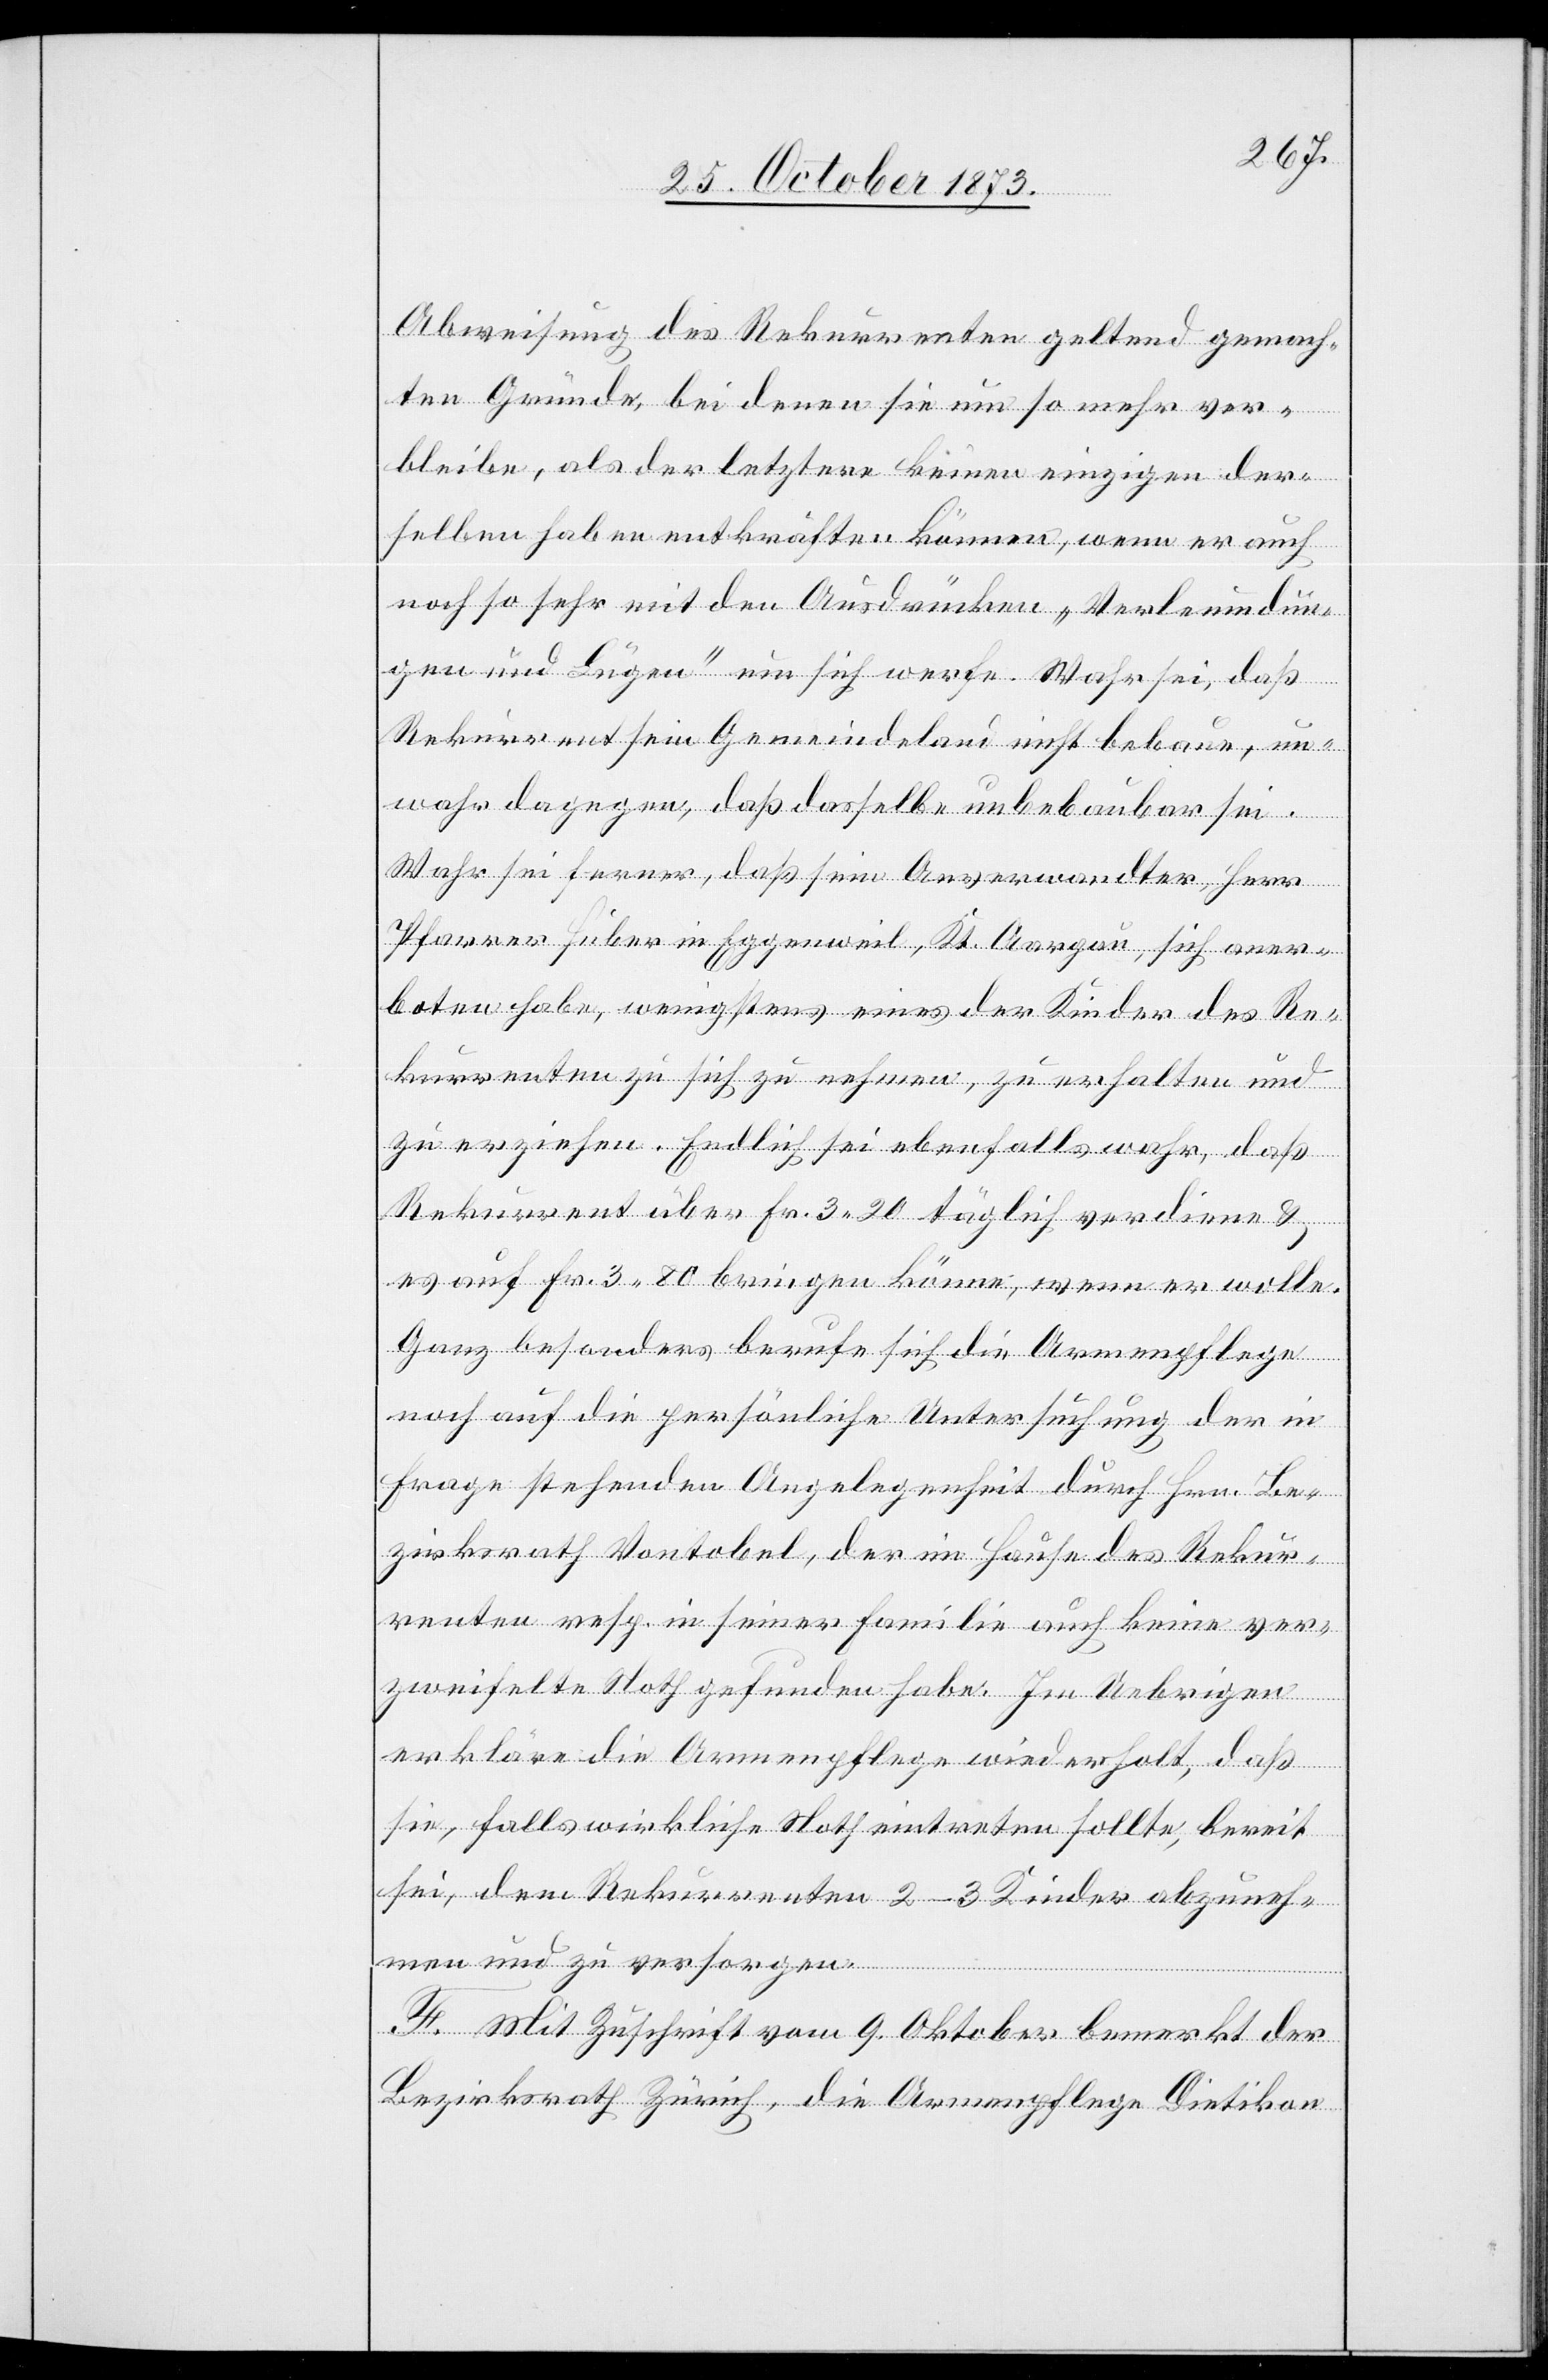
Abweisung des Rekurrenten geltend gemach¬
ten Gründe, bei denen sie um so mehr ver¬
bleibe, als der letztere keinen einzigen der¬
selben haben entkräften können, wenn er auch
noch so sehr mit den Ausdrücken „Verleumdun¬
gen und Lügen“ um sich werfe. Wahr sei, daß
Rekurrent sein Gemeindeland nicht bebaue, un¬
wahr dagegen, daß dasselbe unbebaubar sei.
Wahr sei ferner, daß sein Anverwandter, Herr
Pfarrer Huber in Eggenweil, Kt. Aargau, sich aner¬
boten habe, wenigstens eines der Kinder des Re¬
kurrenten zu sich zu nehmen, zu erhalten und
zu erziehen. Endlich sei ebenfalls wahr, daß
Rekurrent über Fr. 3 20 täglich verdiene &
es auf Fr. 3 80 bringen könne, wenn er wolle.
Ganz besonders berufe sich die Armenpflege
noch auf die persönliche Untersuchung der in
Frage stehenden Angelegenheit durch Hrn. Be¬
zirksrath Vontobel, der im Hause des Rekur¬
renten resp. in seiner Familie auch keine ver¬
zweifelte Noth gefunden habe. Im Uebrigen
erkläre die Armenpflege wiederholt, daß
sie, falls wirkliche Noth eintreten sollte, bereit
sei, dem Rekurrenten 2–3 Kinder abzuneh¬
men und zu versorgen.
F. Mit Zuschrift vom 9. Oktober bemerkt der
Bezirksrath Zürich, die Armenpflege Dietikon